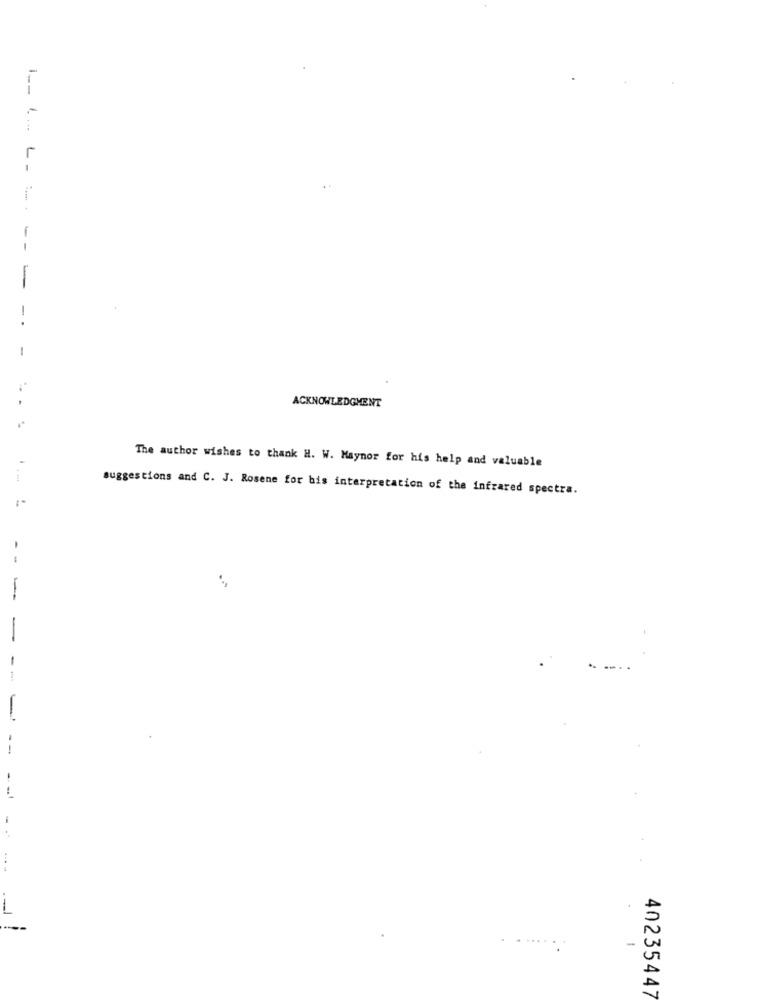
1 .. .. L -
- -
ACKNOWLEDGMENT
The author wishes to thank H. W. Maynor for his help and valuable
suggestions and C. J. Rosene for bis interpretation of the infrared spectra.
- -
...
-
40235447